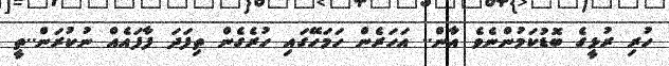
ހުރި ރުޅީގެ ބޮޑުކަމުންނެވެ އާން.. އަހަރެން ހަމަހޭގައި ހުރެގެން ތިފަދަ ފާފައެއް ނުކުރަން..ތީ